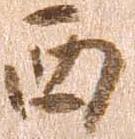
西